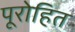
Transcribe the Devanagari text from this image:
पूरोहित